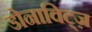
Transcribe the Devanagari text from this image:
डोनाविट्ज़